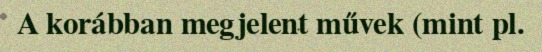
A korábban megjelent művek (mint pl.